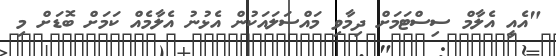
"އެއީ އެލާމް ސިސްޓަމަށް ދިމާވި މައްސަލައަކުން އެޅުނު އެލާމެއް ކަމަށް ބޮޑަށް މި